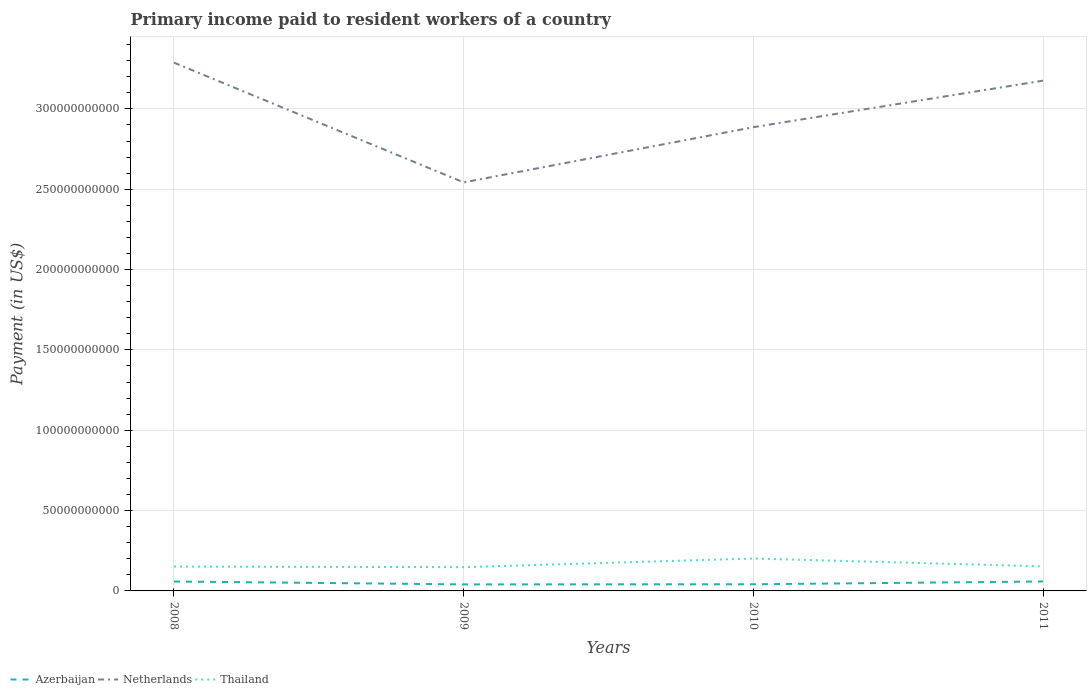
| Years | Azerbaijan | Netherlands | Thailand |
 | --- | --- | --- | --- |
 | 2008 | 5.86e+09 | 3.29e+11 | 1.52e+10 |
 | 2009 | 4.07e+09 | 2.54e+11 | 1.48e+10 |
 | 2010 | 4.14e+09 | 2.89e+11 | 2.02e+10 |
 | 2011 | 5.88e+09 | 3.18e+11 | 1.53e+10 |